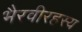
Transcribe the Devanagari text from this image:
भैरवीरहस्य